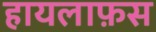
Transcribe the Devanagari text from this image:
हायलाफ़स